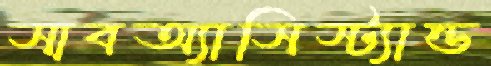
সাবঅ্যাসিস্ট্যান্ড